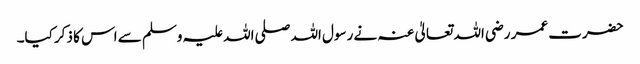
حضرت عمر رضی اللہ تعالیٰ عنہ نے رسول اللہ صلی اللہ علیہ وسلم سے اس کا ذکر کیا۔